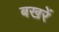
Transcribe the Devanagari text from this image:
बखरें